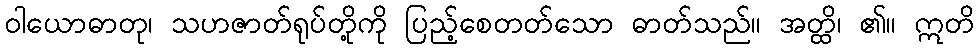
ဝါယောဓာတု၊ သဟဇာတ်ရုပ်တို့ကို ပြည့်စေတတ်သော ဓာတ်သည်။ အတ္ထိ၊ ၏။ ဣတိ